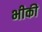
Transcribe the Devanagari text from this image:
भीकी